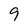
Character: 9